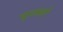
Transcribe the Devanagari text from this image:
न्यूज़रूमों